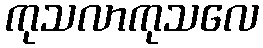
ကုသလာကုသလေ